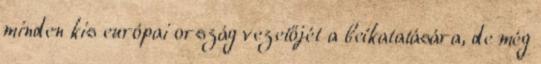
minden kis európai ország vezetőjét a beíkatatására, de még